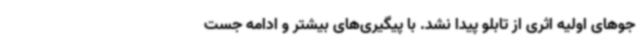
جوهای اولیه اثری از تابلو پیدا نشد. با پیگیری‌های بیشتر و ادامه جست